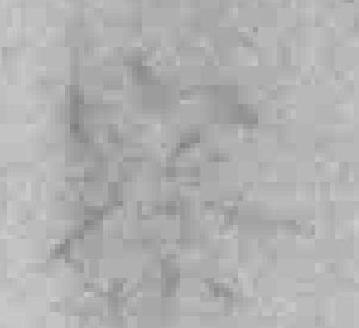
察